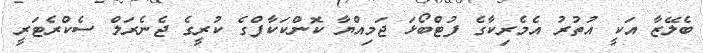
ބެލޭޒާ އަކީ އުތުރު އެމެރިކާގެ ފުޓްބޯޅަ ޖަމިއްޔާ ކޮންކަކާފްގެ ކުރީގެ ޖެނެރަލް ސެކްރެޓަރީ